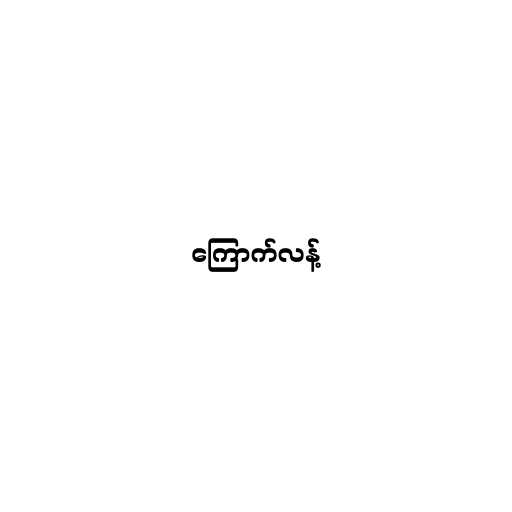
ကြောက်လန့်